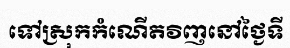
ទៅស្រុកកំណើតវិញនៅថ្ងៃទី